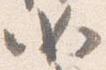
如